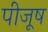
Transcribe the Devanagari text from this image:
पीजूष